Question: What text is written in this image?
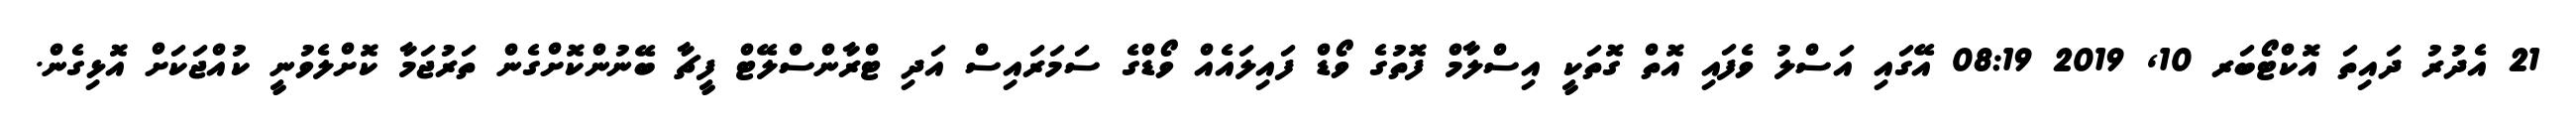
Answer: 21 އެދުރު ދައިތަ އޮކްޓޯބަރ 10, 2019 08:19 އޭގައި އަސްލު ވެފައި އޮތް ގޮތަކީ އިސްލާމް ފޮތުގެ ވޯޑް ފައިލައެއް ވޯޑްގެ ސަމަރައިސް އަދި ޓްރާންސްލޭޓް ފީޗާ ބޭނުންކޮށްގެން ތަރުޖަމާ ކޮށްލެވުނީ ކުއްޖަކަށް އޮޅިގެން.